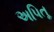
અપિતૂ